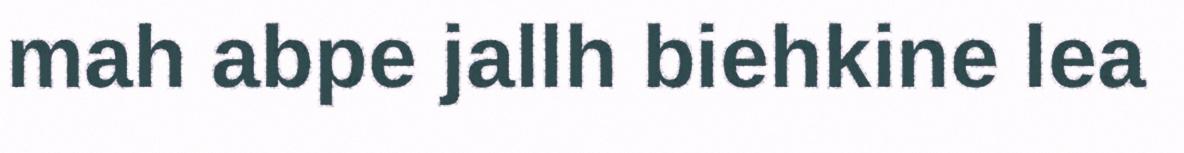
mah abpe jallh biehkine lea